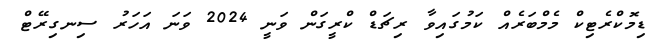
ޑިމޮކްރެޓިކް މެމްބަރެއް ކަމުގައިވާ ރިޗަޑް ކްރީގަން ވަނީ 2024 ވަނަ އަހަރު ސިނގިރޭޓް